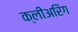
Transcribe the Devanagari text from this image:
क्लीअरिंग